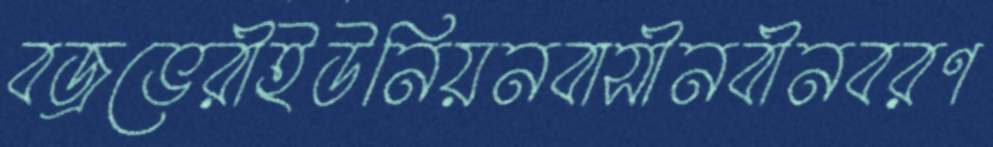
বজ্রভেরীইউনিয়নবাসীনবীনবরণ